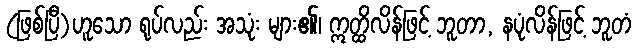
(ဖြစ်ပြီ)ဟူသော ရုပ်လည်း အသုံး များ၏၊ ဣတ္ထိလိန်ဖြင့် ဘူတာ, နပုံလိန်ဖြင့် ဘူတံ